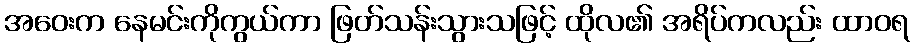
အဝေးက နေမင်းကိုကွယ်ကာ ဖြတ်သန်းသွားသဖြင့် ထိုလ၏ အရိပ်ကလည်း ထာဝရ